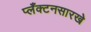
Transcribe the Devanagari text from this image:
प्लँक्टनसारखे